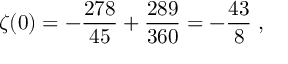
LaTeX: \zeta ( 0 ) = - { \frac { 2 7 8 } { 4 5 } } + { \frac { 2 8 9 } { 3 6 0 } } = - { \frac { 4 3 } { 8 } } \; ,